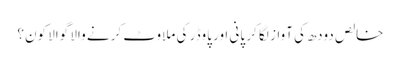
خالص دودھ کی آواز لگا کر پانی اور پاوڈر کی ملاوٹ کرنے والا گوالا کون؟